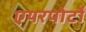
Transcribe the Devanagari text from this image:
एयरपोर्टों